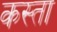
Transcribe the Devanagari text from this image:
कस्‍ता